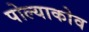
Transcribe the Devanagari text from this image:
पोल्याकोव